Vaccination North-Western Provinces 1866-1877 - 1866-1877
Year: 1866
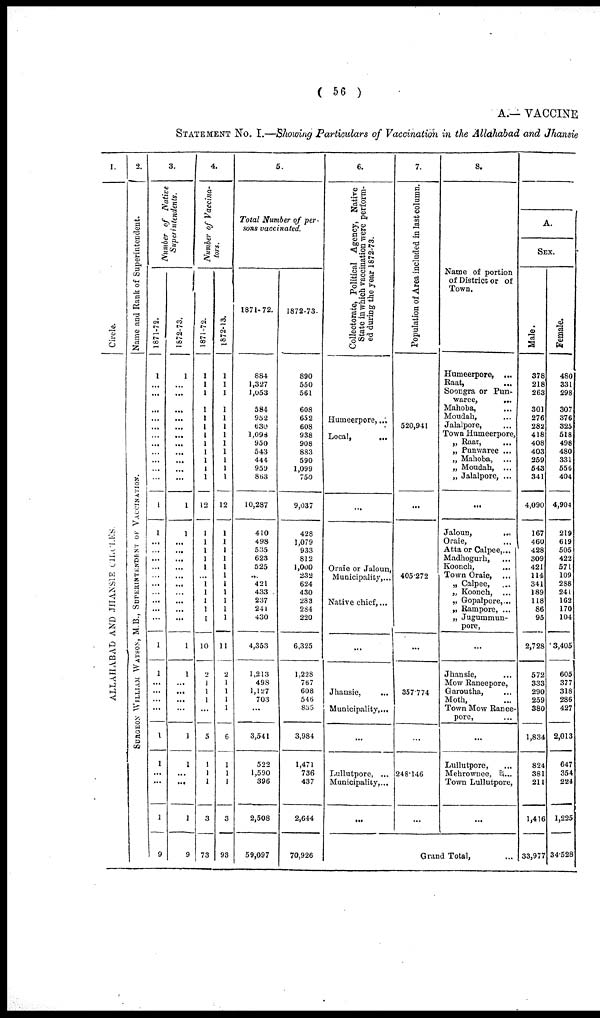
( 56 )
A.— VACCINE
STATEMENT No. I.—Showing Particulars of Vaccination in the Allahabad and Jhansie
1.
Circle.
ALLAHABAD AND JHANSIE CIRCLES.
2.
Name and Rank of Superintendent.
S URGE ON WIL L IAM WATS ON, M.B., S
UP E RINT E NDE NT OF VACCINAT ION.
3.
Number of Native
Superintendents.
1871-72.
1
...
...
...
...
...
...
...
...
...
...
1
1
...
...
...
...
...
...
...
...
...
...
1
1
...
...
...
...
1
1
...
...
1
9
1872-73.
1
...
...
...
...
...
...
...
...
...
...
1
1
...
...
...
...
...
...
...
...
...
1
1
...
...
...
...
1
1
...
...
1
9
4.
Number of Vaccina¬
tors.
1871-72.
1
1
1
1
1
1
1
1
1
1
1
1
12
1
1
1
1
1
1
1
1
1
1
10
2
1
1
1
...
5
1
1
1
3
73
1872-73.
1
1
1
1
1
1
1
1
1
1
1
1
12
1
1
1
1
1
1
1
1
1
1
1
11
2
1
1
1
1
6
1
1
1
3
93
5.
Total Number of per-
sons vaccinated.
1871-72.
884
1,327
1,053
584
952
630
1,098
950
543
444
959
863
10,287
410
498
535
623
525
...
421
433
237
241
430
4,353
1,213
498
1,127
703
...
3,541
522
1,590
396
2,508
59,097
1872-73.
890
550
561
608
652
608
938
908
883
590
1,099
750
9,037
428
1,079
933
812
1,000
232
624
430
283
284
220
6,325
1,228
767
608
546
835
3,984
1,471
736
437
2,644
70,926
6.
Collectorate, Political Agency, Native
State in which vaccination were perform-
ed during the year 1872-73.
Humeerpore, ...
Local,
...
...
Oraie or Jaloun,
Municipality, ...
Native chief, ...
...
Jhansie, ...
Municipality, ...
...
Lullutpore, ...
Municipality, ...
...
7.
Population of Area included in last column.
520,941
...
405,272
...
357,774
...
248,146
...
8.
Name of portion
of District or of
Town.
Humeerpore, ...
Raat, ...
Soongra or Pun¬
waree,
...
Mahoba, ...
Moudah, ...
Jalalpore, ...
Town Humeerpore,
„ Raat, ...
„ Punwaree ...
„ Mahoba, ...
„ Moudah, ...
„ Jalalpore, ...
...
Jaloun,
...
Oraie, ...
Atta or Calpee, ...
Madhogurh,
...
Koonch, ...
Town Oraie, ...
„ Calpee, ...
„ Koonch, ...
„ Gopalpore, ...
„ Rampore, ...
„ Jugummun¬
pore, ...
...
Jhansie, ...
Mow Raneepore, ...
Garoutha, ...
Moth, ...
Town Mow Ranee-
pore, ...
...
Lullutpore, ...
Mehrownee, ...
Town Lullutpore, ...
...
Grand Total, ...
A.
SEX.
Male.
378
218
263
301
276
282
418
408
403
259
543
341
4,090
167
460
428
309
421
114
341
189
118
86
95
2,728
572
333
290
259
380
1,834
824
381
211
1,416
33,977
Female.
480
331
298
307
376
325
518
498
480
331
556
404
4,904
219
619
505
422
571
109
288
241
162
170
104
3,405
605
377
318
286
427
2,013
647
354
224
1,225
34,528